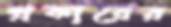
প্রকারের